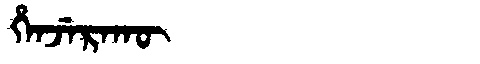
Manchu: ᡥᡝᠨᠵᡝᡵᠠᡴᡡ
Romanization: HENJERAKŪ